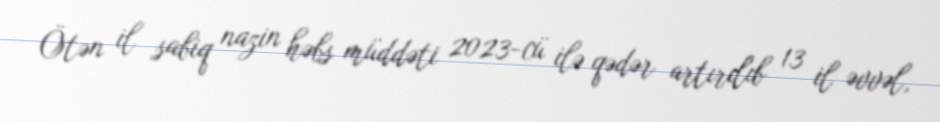
Ötən il sabiq nazin həbs müddəti 2023-cü ilə qədər artırılıb 13 il əvvəl,